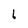
Character: b